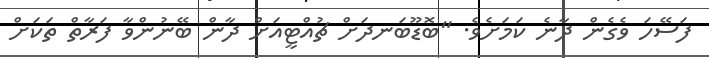
ފަސޭހަ ވެގެން ދާނެ ކަމަށެވެ. "ބޮޑޫބަނދަށް ޗުއްޓީއަށް ދާން ބޭނުންވާ ފަރާތް ތަކަށް